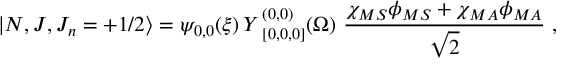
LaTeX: | N , J , J _ { n } = + 1 / 2 \rangle = \psi _ { 0 , 0 } ( \xi ) \, { \cal Y } \, _ { [ 0 , 0 , 0 ] } ^ { ( 0 , 0 ) } ( \Omega ) \, \, { \frac { \chi _ { M S } \phi _ { M S } + \chi _ { M A } \phi _ { M A } } { \sqrt { 2 } } } \, \, ,